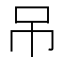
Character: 吊